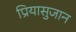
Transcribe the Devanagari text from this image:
प्रियासुजान